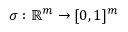
\sigma : \mathbb { R } ^ { m } \rightarrow [ 0 , 1 ] ^ { m }